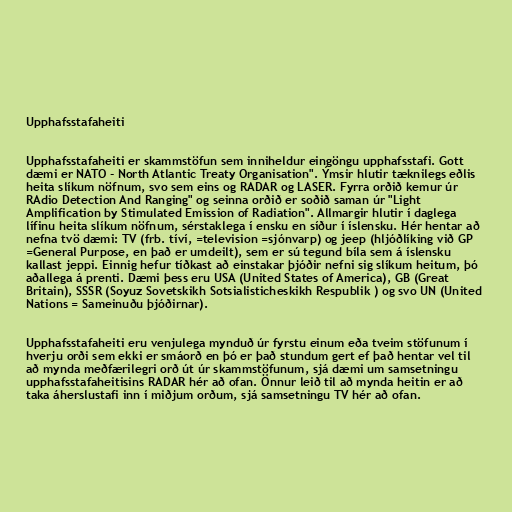
Upphafsstafaheiti

Upphafsstafaheiti er skammstöfun sem inniheldur eingöngu upphafsstafi. Gott
dæmi er NATO - North Atlantic Treaty Organisation". Ýmsir hlutir tæknilegs eðlis
heita slíkum nöfnum, svo sem eins og RADAR og LASER. Fyrra orðið kemur úr
RAdio Detection And Ranging" og seinna orðið er soðið saman úr "Light
Amplification by Stimulated Emission of Radiation". Allmargir hlutir í daglega
lífinu heita slíkum nöfnum, sérstaklega í ensku en síður í íslensku. Hér hentar að
nefna tvö dæmi: TV (frb. tíví, =television =sjónvarp) og jeep (hljóðlíking við GP
=General Purpose, en það er umdeilt), sem er sú tegund bíla sem á íslensku
kallast jeppi. Einnig hefur tíðkast að einstakar þjóðir nefni sig slíkum heitum, þó
aðallega á prenti. Dæmi þess eru USA (United States of America), GB (Great
Britain), SSSR (Soyuz Sovetskikh Sotsialisticheskikh Respublik ) og svo UN (United
Nations = Sameinuðu þjóðirnar).

Upphafsstafaheiti eru venjulega mynduð úr fyrstu einum eða tveim stöfunum í
hverju orði sem ekki er smáorð en þó er það stundum gert ef það hentar vel til
að mynda meðfærilegri orð út úr skammstöfunum, sjá dæmi um samsetningu
upphafsstafaheitisins RADAR hér að ofan. Önnur leið til að mynda heitin er að
taka áherslustafi inn í miðjum orðum, sjá samsetningu TV hér að ofan.